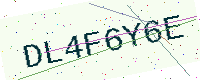
Text: DL4F6Y6E